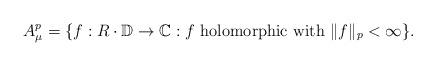
LaTeX: \begin{align*}A_{\mu}^p = \{ f: R \cdot \mathbb{D} \rightarrow \mathbb{C} : f \mbox{ holomorphic with } \Vert f \Vert_p < \infty \}.\end{align*}